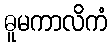
ဓူမကာလိကံ